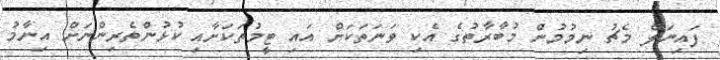
ފައިނަލް މެޗު ނިމުމުން މުބާރާތުގެ އެކި ވަނަތަކަށް އައި ޓީމުތަކަށާއި ކުޅުންތެރިންނަށް އިނާމު